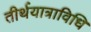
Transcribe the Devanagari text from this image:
तीर्थयात्राविधि